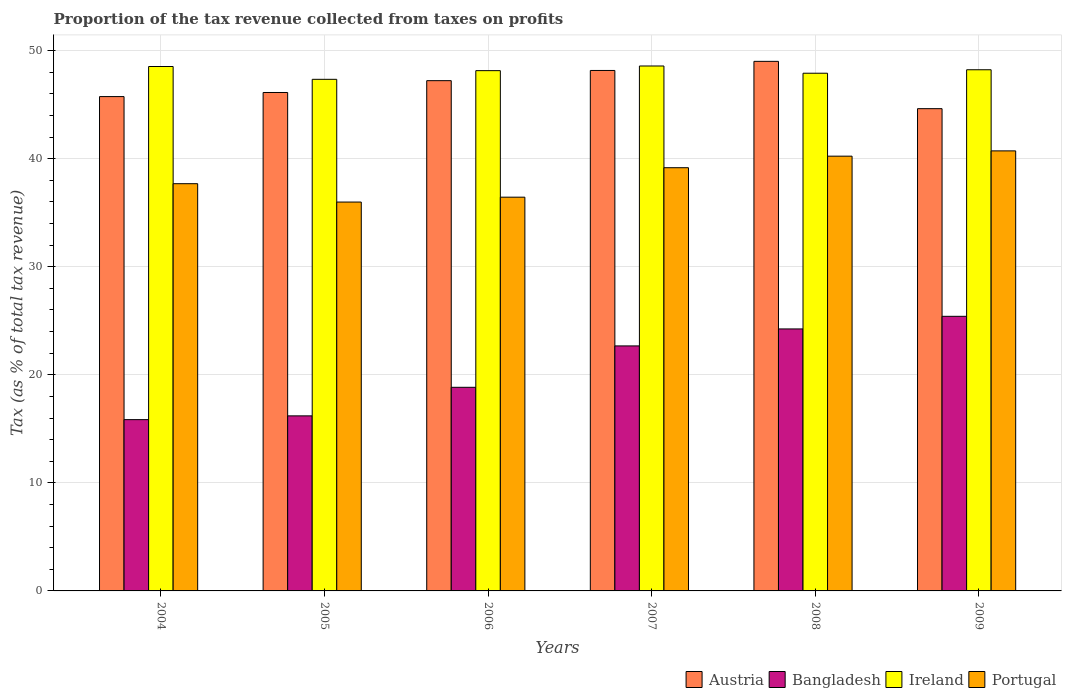
| Years | Austria | Bangladesh | Ireland | Portugal |
 | --- | --- | --- | --- | --- |
 | 2004 | 45.7 | 15.9 | 48.5 | 37.7 |
 | 2005 | 46.1 | 16.2 | 47.3 | 36 |
 | 2006 | 47.2 | 18.8 | 48.1 | 36.4 |
 | 2007 | 48.2 | 22.7 | 48.6 | 39.2 |
 | 2008 | 49 | 24.2 | 47.9 | 40.2 |
 | 2009 | 44.6 | 25.4 | 48.2 | 40.7 |